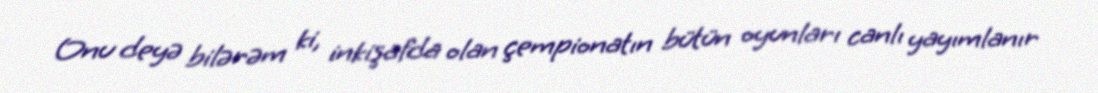
Onu deyə bilərəm ki, inkişafda olan çempionatın bütün oyunları canlı yayımlanır